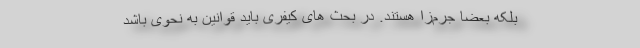
بلکه بعضا جرم‌زا هستند. در بحث های کیفری باید قوانین به نحوی باشد